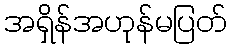
အရှိန်အဟုန်မပြတ်